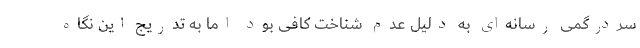
سردرگمی رسانه‌ای به دلیل عدم شناخت کافی بود اما به تدریج این نگاه